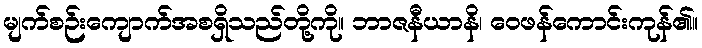
မျက်စဉ်းကျောက်အစရှိသည်တို့ကို။ ဘာဇနီယာနိ၊ ဝေဖန်ကောင်းကုန်၏။